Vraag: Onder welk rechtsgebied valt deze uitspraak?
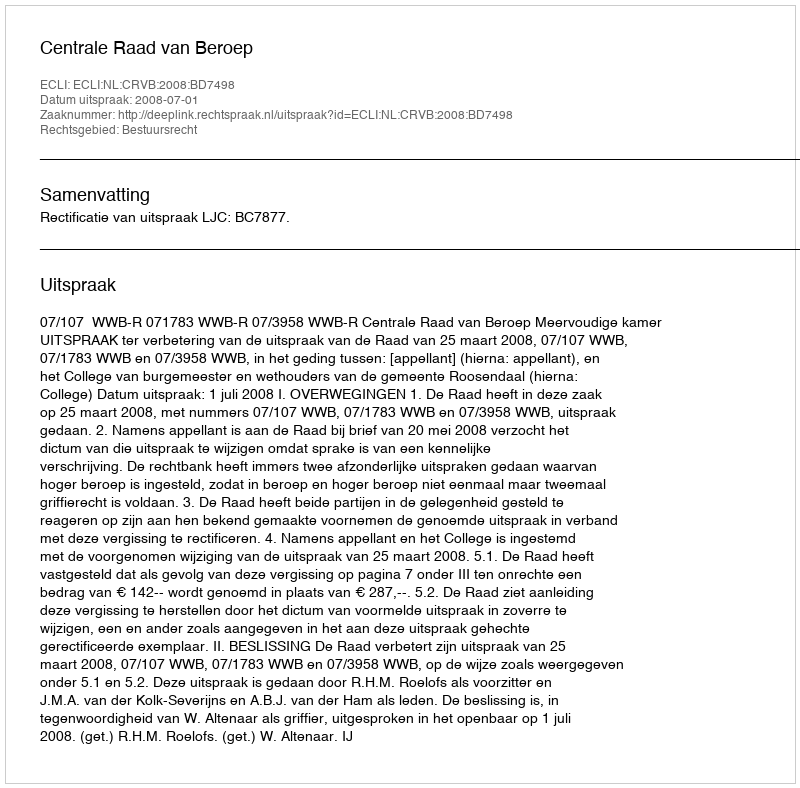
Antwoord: Bestuursrecht